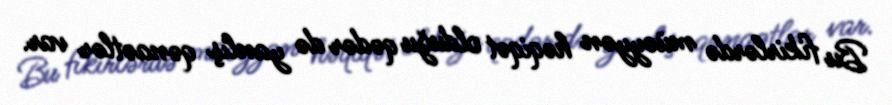
Bu fikirlərdə müəyyən həqiqət olduğu qədər də yanlış qənaətlər var.